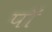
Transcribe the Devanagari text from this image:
पाँ